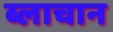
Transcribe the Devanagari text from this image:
ब्लाचान